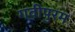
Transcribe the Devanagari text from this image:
गवीपुरम